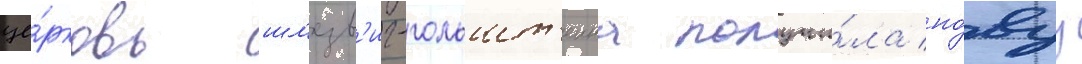
це́рковь шл'езв'иг-гольшт'еина получи́ла но́вуу